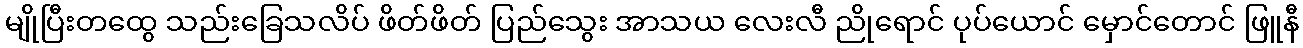
မျိုပြီးတထွေ သည်းခြေသလိပ် ဖိတ်ဖိတ် ပြည်သွေး အာသယ လေးလီ ညိုရောင် ပုပ်ယောင် မှောင်တောင် ဖြူနီ